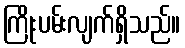
ကြိုးပမ်းလျက်ရှိသည်။